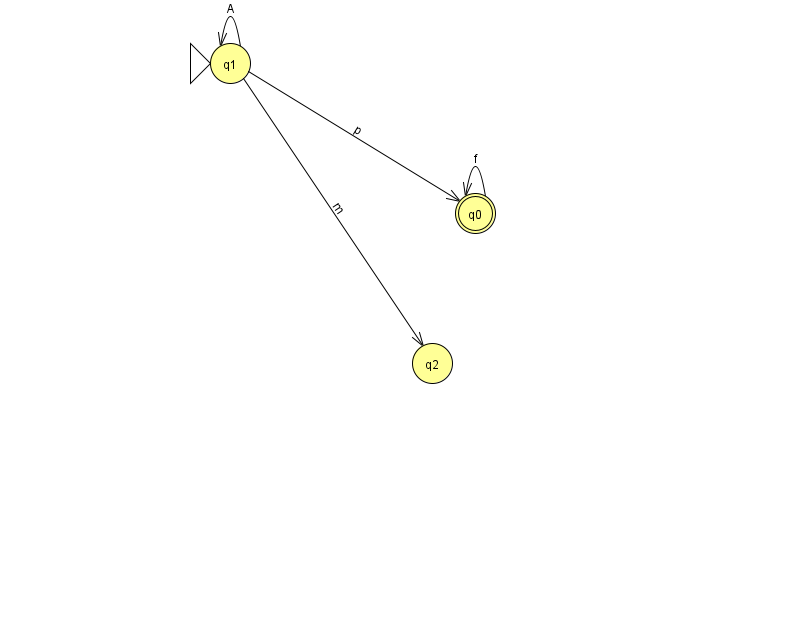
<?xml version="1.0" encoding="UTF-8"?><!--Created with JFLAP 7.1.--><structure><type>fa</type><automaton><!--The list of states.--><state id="0" name="q0"><x>475.0</x><y>200.0</y><final/></state><state id="1" name="q1"><x>230.0</x><y>50.0</y><initial/></state><state id="2" name="q2"><x>432.0</x><y>350.0</y></state><!--The list of transitions.--><transition><from>1</from><to>1</to><read>A</read></transition><transition><from>1</from><to>2</to><read>m</read></transition><transition><from>1</from><to>0</to><read>p</read></transition><transition><from>0</from><to>0</to><read>f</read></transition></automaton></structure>